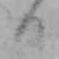
日